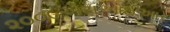
૨૦૦૯એસઆઈઆર